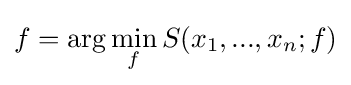
f=\arg \min _{f}S(x_{1},...,x_{n};f)